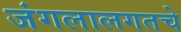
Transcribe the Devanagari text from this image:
जंगलालगतचे